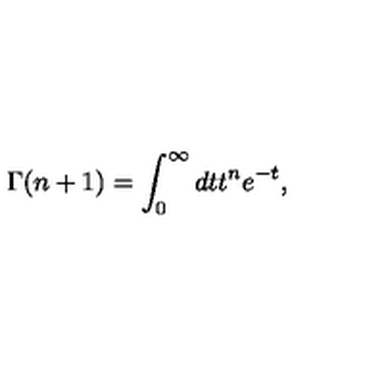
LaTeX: \Gamma ( n + 1 ) = \int _ { 0 } ^ { \infty } d t t ^ { n } e ^ { - t } ,